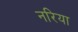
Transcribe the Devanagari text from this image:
नरिया